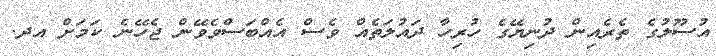
އުސޫލުގެ ތެރެއިން ދުނިޔޭގެ ހުރިހާ ދައުލަތެއް ވެސް އެއްބަސްވެވޭން ޖެހޭނެ ކަމަށް އދ.